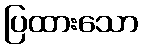
ပြထားသော